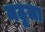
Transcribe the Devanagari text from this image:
मठुला